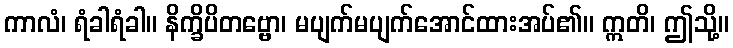
ကာလံ၊ ရံခါရံခါ။ နိက္ခိပိတဗ္ဗော၊ မပျက်မပျက်အောင်ထားအပ်၏။ ဣတိ၊ ဤသို့။